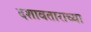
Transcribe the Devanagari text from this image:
दशावताराच्या